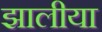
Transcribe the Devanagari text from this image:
झालीया